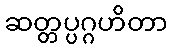
ဆတ္တပ္ပဂ္ဂဟိတာ